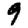
Digit: 9